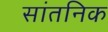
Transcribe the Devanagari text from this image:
सांतनिक